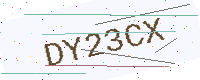
Text: DY23CX